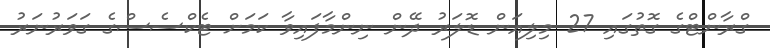
ގްރާންޓްގެ ގޮތުގައި 27 މިލިއަން ޑޮލަރު ދޭން ނިންމާފައިވާ ކަމަށް ޓެކްސެސްގެ ގަވަރުނަރު